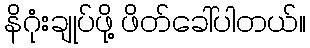
နိဂုံးချုပ်ဖို့ ဖိတ်ခေါ်ပါတယ်။